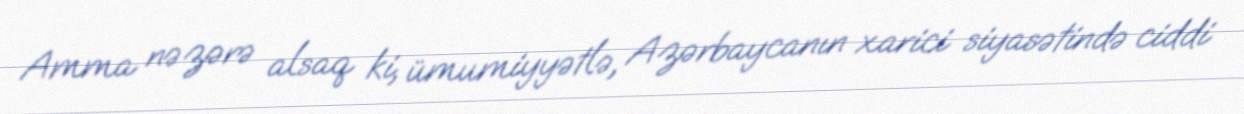
Amma nəzərə alsaq ki, ümumiyyətlə, Azərbaycanın xarici siyasətində ciddi